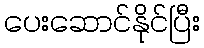
ပေးဆောင်နိုင်ပြီး